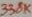
Text: 338K